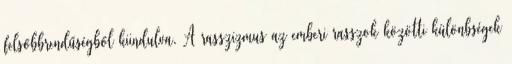
felsőbbrendűségből kiindulva. A rasszizmus az emberi rasszok közötti különbségek